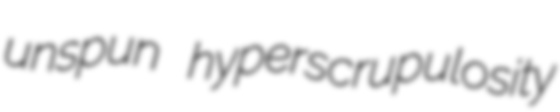
unspun hyperscrupulosity